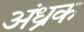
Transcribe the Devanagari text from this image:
अंध्रक